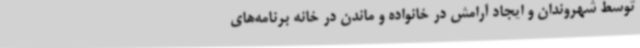
توسط شهروندان و ایجاد آرامش در خانواده و ماندن در خانه برنامه‌های